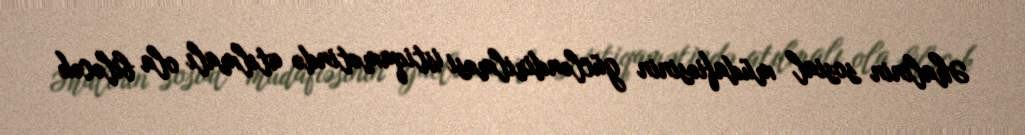
Əhalinin sosial müdafiəsinin gücləndirilməsi istiqamətində atılmalı ola biləcək